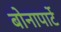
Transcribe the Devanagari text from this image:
बोनापार्टे